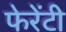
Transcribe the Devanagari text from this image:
फेरेंटी